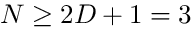
N \geq 2 D + 1 = 3